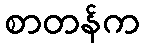
စာတန်က